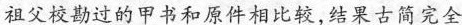
祖父校勘过的甲书和原件相比较，结果古简完全